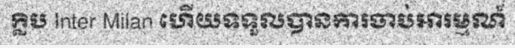
ក្លិប Inter Milan ហើយទទួលបានការចាប់អារម្មណ៍